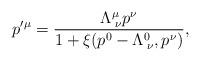
LaTeX: \begin{align*}p'^{\mu} = \frac{\Lambda^\mu_{\;\nu} p^\nu}{1 + \xi(p^0 - \Lambda^0_{\;\nu}, p^\nu)},\end{align*}